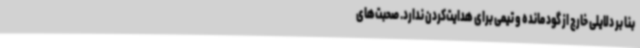
بنا بر دلایلی خارج از گود مانده و تیمی برای هدایت‌کردن ندارد. صحبت‌های